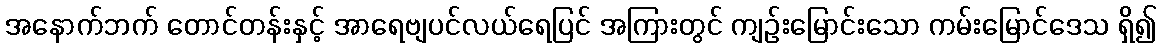
အနောက်ဘက် တောင်တန်းနှင့် အာရေဗျပင်လယ်ရေပြင် အကြားတွင် ကျဉ်းမြောင်းသော ကမ်းမြောင်ဒေသ ရှိ၍